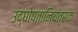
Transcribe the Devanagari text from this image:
उद्घोषतानियंत्रक